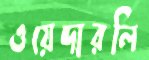
ওয়েদারলি